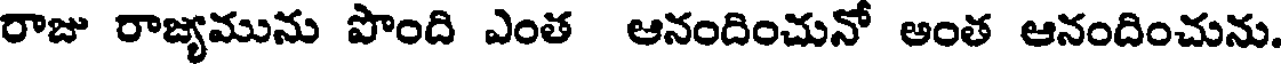
రాజు రాజ్యమును పొంది ఎంత ఆనందించునో అంత ఆనందించును.